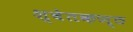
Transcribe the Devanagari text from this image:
श्वेतकण्ठ